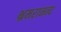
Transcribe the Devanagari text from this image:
भ्रमरानन्‍द